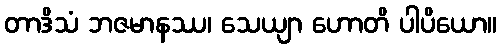
တာဒိသံ ဘဇမာနဿ၊ သေယျာ ဟောတိ ပါပိယော။